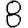
Digit: 8